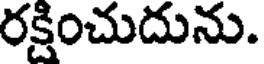
రక్షించుదును.